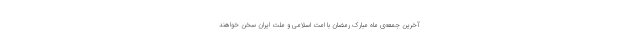
آخرین جمعه‌ی ماه مبارک رمضان با امت اسلامی و ملت ایران سخن خواهند